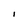
Character: I